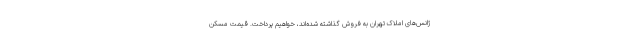
ژانس‌های املاک تهران به فروش گذاشته شده‌اند، خواهیم پرداخت. قیمت مسکن